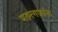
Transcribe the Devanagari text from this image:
मरुत्गणांना